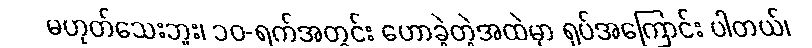
မဟုတ်သေးဘူး၊ ၁၀-ရက်အတွင်း ဟောခဲ့တဲ့အထဲမှာ ရုပ်အကြောင်း ပါတယ်၊